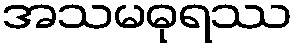
အသမဓုရဿ